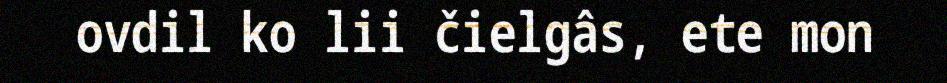
ovdil ko lii čielgâs, ete mon